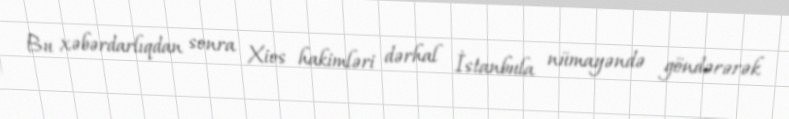
Bu xəbərdarlıqdan sonra Xios hakimləri dərhal İstanbula nümayəndə göndərərək